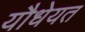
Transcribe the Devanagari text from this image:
यौधेयत